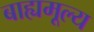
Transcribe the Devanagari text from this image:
बाह्यमूल्य